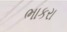
ભાકરા